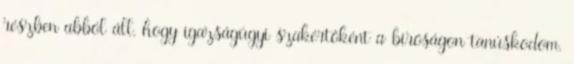
részben abból áll, hogy igazságügyi szakértőként a bíróságon tanúskodom.